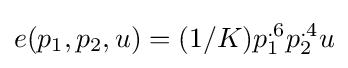
e(p_{1},p_{2},u)=(1/K)p_{1}^{.6}p_{2}^{.4}u